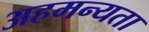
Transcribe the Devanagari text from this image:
अहमन्यता